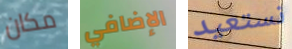
مكان الإضافي نستعيد